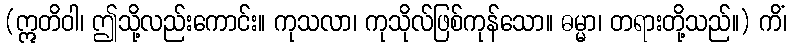
(ဣတိဝါ၊ ဤသို့လည်းကောင်း။ ကုသလာ၊ ကုသိုလ်ဖြစ်ကုန်သော။ ဓမ္မာ၊ တရားတို့သည်။) ကိံ၊